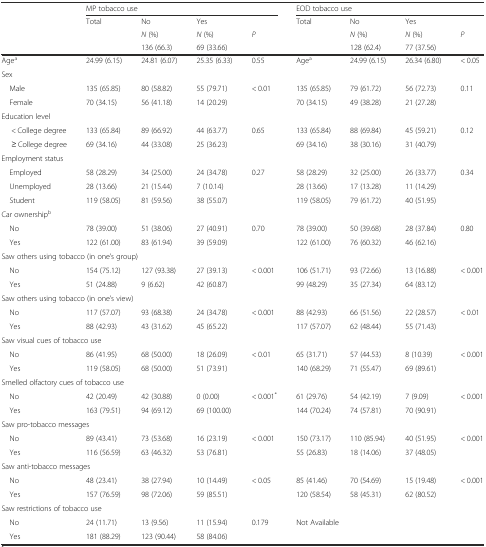
<table><thead><tr><td></td><td colspan="4"><b>MP tobacco use</b></td><td colspan="4"><b>EOD tobacco use</b></td></tr><tr><td></td><td><b>Total</b></td><td><b>No</b></td><td><b>Yes</b></td><td></td><td><b>Total</b></td><td><b>No</b></td><td><b>Yes</b></td><td></td></tr><tr><td></td><td></td><td><b><i>N</i> (%)</b></td><td><b><i>N</i> (%)</b></td><td><b><i>P</i></b></td><td></td><td><b><i>N</i> (%)</b></td><td><b><i>N</i> (%)</b></td><td><b><i>P</i></b></td></tr><tr><td></td><td></td><td><b>136 (66.3)</b></td><td><b>69 (33.66)</b></td><td></td><td></td><td><b>128 (62.4)</b></td><td><b>77 (37.56)</b></td><td></td></tr></thead><tbody><tr><td>Age<sup>a</sup></td><td>24.99 (6.15)</td><td>24.81 (6.07)</td><td>25.35 (6.33)</td><td>0.55</td><td>Age<sup>a</sup></td><td>24.99 (6.15)</td><td>26.34 (6.80)</td><td>&lt; 0.05</td></tr><tr><td colspan="9">Sex</td></tr><tr><td> Male</td><td>135 (65.85)</td><td>80 (58.82)</td><td>55 (79.71)</td><td rowspan="2">&lt; 0.01</td><td>135 (65.85)</td><td>79 (61.72)</td><td>56 (72.73)</td><td rowspan="2">0.11</td></tr><tr><td> Female</td><td>70 (34.15)</td><td>56 (41.18)</td><td>14 (20.29)</td><td>70 (34.15)</td><td>49 (38.28)</td><td>21 (27.28)</td></tr><tr><td colspan="9">Education level</td></tr><tr><td>&lt; College degree</td><td>133 (65.84)</td><td>89 (66.92)</td><td>44 (63.77)</td><td rowspan="2">0.65</td><td>133 (65.84)</td><td>88 (69.84)</td><td>45 (59.21)</td><td rowspan="2">0.12</td></tr><tr><td>≥ College degree</td><td>69 (34.16)</td><td>44 (33.08)</td><td>25 (36.23)</td><td>69 (34.16)</td><td>38 (30.16)</td><td>31 (40.79)</td></tr><tr><td colspan="9">Employment status</td></tr><tr><td> Employed</td><td>58 (28.29)</td><td>34 (25.00)</td><td>24 (34.78)</td><td rowspan="3">0.27</td><td>58 (28.29)</td><td>32 (25.00)</td><td>26 (33.77)</td><td rowspan="3">0.34</td></tr><tr><td> Unemployed</td><td>28 (13.66)</td><td>21 (15.44)</td><td>7 (10.14)</td><td>28 (13.66)</td><td>17 (13.28)</td><td>11 (14.29)</td></tr><tr><td> Student</td><td>119 (58.05)</td><td>81 (59.56)</td><td>38 (55.07)</td><td>119 (58.05)</td><td>79 (61.72)</td><td>40 (51.95)</td></tr><tr><td colspan="9">Car ownership<sup>b</sup></td></tr><tr><td> No</td><td>78 (39.00)</td><td>51 (38.06)</td><td>27 (40.91)</td><td rowspan="2">0.70</td><td>78 (39.00)</td><td>50 (39.68)</td><td>28 (37.84)</td><td rowspan="2">0.80</td></tr><tr><td> Yes</td><td>122 (61.00)</td><td>83 (61.94)</td><td>39 (59.09)</td><td>122 (61.00)</td><td>76 (60.32)</td><td>46 (62.16)</td></tr><tr><td colspan="9">Saw others using tobacco (in one’s group)</td></tr><tr><td> No</td><td>154 (75.12)</td><td>127 (93.38)</td><td>27 (39.13)</td><td>&lt; 0.001</td><td>106 (51.71)</td><td>93 (72.66)</td><td>13 (16.88)</td><td>&lt; 0.001</td></tr><tr><td> Yes</td><td>51 (24.88)</td><td>9 (6.62)</td><td>42 (60.87)</td><td></td><td>99 (48.29)</td><td>35 (27.34)</td><td>64 (83.12)</td><td></td></tr><tr><td colspan="9">Saw others using tobacco (in one’s view)</td></tr><tr><td> No</td><td>117 (57.07)</td><td>93 (68.38)</td><td>24 (34.78)</td><td>&lt; 0.001</td><td>88 (42.93)</td><td>66 (51.56)</td><td>22 (28.57)</td><td>&lt; 0.01</td></tr><tr><td> Yes</td><td>88 (42.93)</td><td>43 (31.62)</td><td>45 (65.22)</td><td></td><td>117 (57.07)</td><td>62 (48.44)</td><td>55 (71.43)</td><td></td></tr><tr><td colspan="3">Saw visual cues of tobacco use</td><td></td><td></td><td></td><td></td><td></td><td></td></tr><tr><td> No</td><td>86 (41.95)</td><td>68 (50.00)</td><td>18 (26.09)</td><td>&lt; 0.01</td><td>65 (31.71)</td><td>57 (44.53)</td><td>8 (10.39)</td><td>&lt; 0.001</td></tr><tr><td> Yes</td><td>119 (58.05)</td><td>68 (50.00)</td><td>51 (73.91)</td><td></td><td>140 (68.29)</td><td>71 (55.47)</td><td>69 (89.61)</td><td></td></tr><tr><td colspan="9">Smelled olfactory cues of tobacco use</td></tr><tr><td> No</td><td>42 (20.49)</td><td>42 (30.88)</td><td>0 (0.00)</td><td>&lt; 0.001<sup>*</sup></td><td>61 (29.76)</td><td>54 (42.19)</td><td>7 (9.09)</td><td>&lt; 0.001</td></tr><tr><td> Yes</td><td>163 (79.51)</td><td>94 (69.12)</td><td>69 (100.00)</td><td></td><td>144 (70.24)</td><td>74 (57.81)</td><td>70 (90.91)</td><td></td></tr><tr><td colspan="9">Saw pro-tobacco messages</td></tr><tr><td> No</td><td>89 (43.41)</td><td>73 (53.68)</td><td>16 (23.19)</td><td>&lt; 0.001</td><td>150 (73.17)</td><td>110 (85.94)</td><td>40 (51.95)</td><td>&lt; 0.001</td></tr><tr><td> Yes</td><td>116 (56.59)</td><td>63 (46.32)</td><td>53 (76.81)</td><td></td><td>55 (26.83)</td><td>18 (14.06)</td><td>37 (48.05)</td><td></td></tr><tr><td colspan="9">Saw anti-tobacco messages</td></tr><tr><td> No</td><td>48 (23.41)</td><td>38 (27.94)</td><td>10 (14.49)</td><td>&lt; 0.05</td><td>85 (41.46)</td><td>70 (54.69)</td><td>15 (19.48)</td><td>&lt; 0.001</td></tr><tr><td> Yes</td><td>157 (76.59)</td><td>98 (72.06)</td><td>59 (85.51)</td><td></td><td>120 (58.54)</td><td>58 (45.31)</td><td>62 (80.52)</td><td></td></tr><tr><td colspan="9">Saw restrictions of tobacco use</td></tr><tr><td> No</td><td>24 (11.71)</td><td>13 (9.56)</td><td>11 (15.94)</td><td>0.179</td><td rowspan="2" colspan="4">Not Available</td></tr><tr><td> Yes</td><td>181 (88.29)</td><td>123 (90.44)</td><td>58 (84.06)</td><td></td></tr></tbody></table>